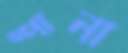
স্পানা